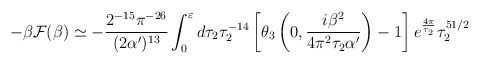
\begin{align*}-\beta {\cal F}(\beta)\simeq-\frac{2^{-15}\pi^{-26}}{(2\alpha')^{13}}\int_{0}^{\varepsilon}d\tau_2\tau_2^{-14}\left[\theta_3\left(0,\frac{i\beta^2}{4\pi^2\tau_2\alpha'}\right)-1\right]e^{\frac{4\pi}{\tau_2}}\tau_2^{51/2}\end{align*}